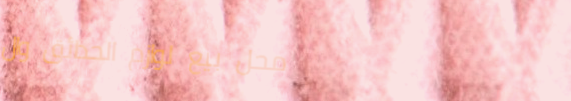
محل بيع لوازم الحدائق وال